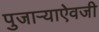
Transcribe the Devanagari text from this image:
पुजाऱ्याऐवजी